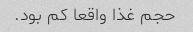
حجم غذا واقعا کم بود.